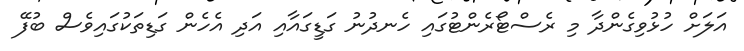
އަލަށް ހުޅުވިގެންދާ މި ރެސްޓޯރެންޓުގައި ހެނދުނު ގަޑީގައާއި އަދި އެހެން ގަޑިތަކުގައިވެސް ބުފޭ